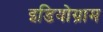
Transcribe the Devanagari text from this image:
इडियोग्राम